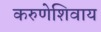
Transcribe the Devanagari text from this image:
करुणेशिवाय